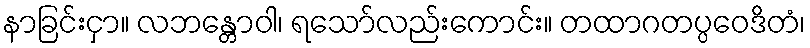
နာခြင်းငှာ။ လဘန္တောဝါ၊ ရသော်လည်းကောင်း။ တထာဂတပ္ပဝေဒိတံ၊